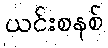
ယင်းစနစ်